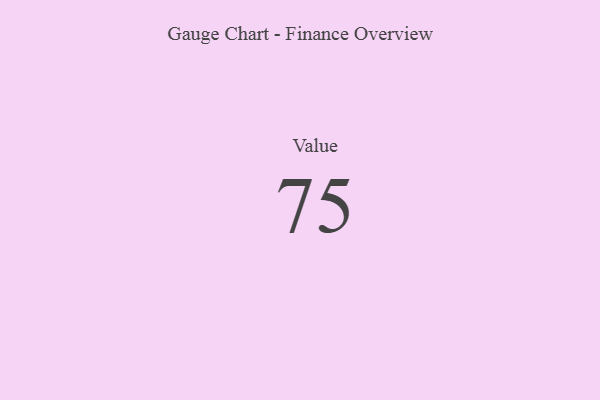
{"axis": {"x": "Metric", "y": "Value"}, "legend": [""], "data": [{"x": "Value", "y": 75, "type": ""}]}